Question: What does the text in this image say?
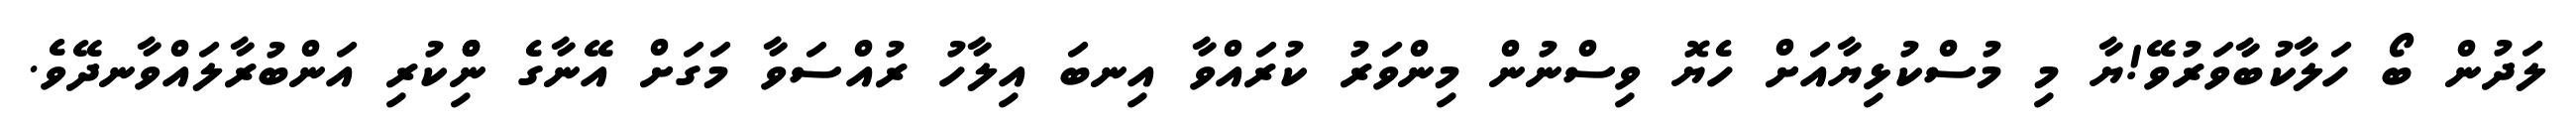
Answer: ލަދުން ބޯ ހަލާކުބާވަރުވޭ!ޔާ މި މުސްކުޅިޔާއަށް ހެޔޮ ވިސްނުން މިންވަރު ކުރައްވާ އިނބަ އިލާހު ރުއްސަވާ މަގަށް އޭނާގެ ނިްްކުރި އަންބުރާލައްވާނދޭވެ.